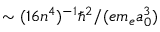
\sim ( 1 6 n ^ { 4 } ) ^ { - 1 } \hbar ^ { 2 } / ( e m _ { e } a _ { 0 } ^ { 3 } )